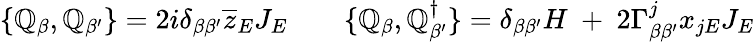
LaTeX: \{ \mathbb{Q}_{\beta},\mathbb{Q}_{\beta^{\prime}}\} =2i\delta_{\beta\beta^{\prime}}\overline{{{{z}}}}_{E}J_{E}\quad\quad\{ \mathbb{Q}_{\beta},\mathbb{Q}_{\beta^{\prime}}^{\dagger}\} =\delta_{\beta\beta^{\prime}}H\ +\ 2\Gamma_{\beta\beta^{\prime}}^{j}x_{jE}J_{E}